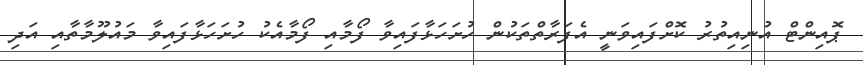
ޕޮއިންޓް އުނިއިތުރު ކޮށްފައިވަނީ އެފަރާތްތަކުން ހުށަހަޅާފައިވާ ފޯމާއި ފޯމާއެކު ހުށަހަޅާފައިވާ މައުލޫމާތާއި އަދި